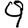
Digit: 9